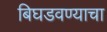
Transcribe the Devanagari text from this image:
बिघडवण्याचा